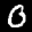
Label: 0